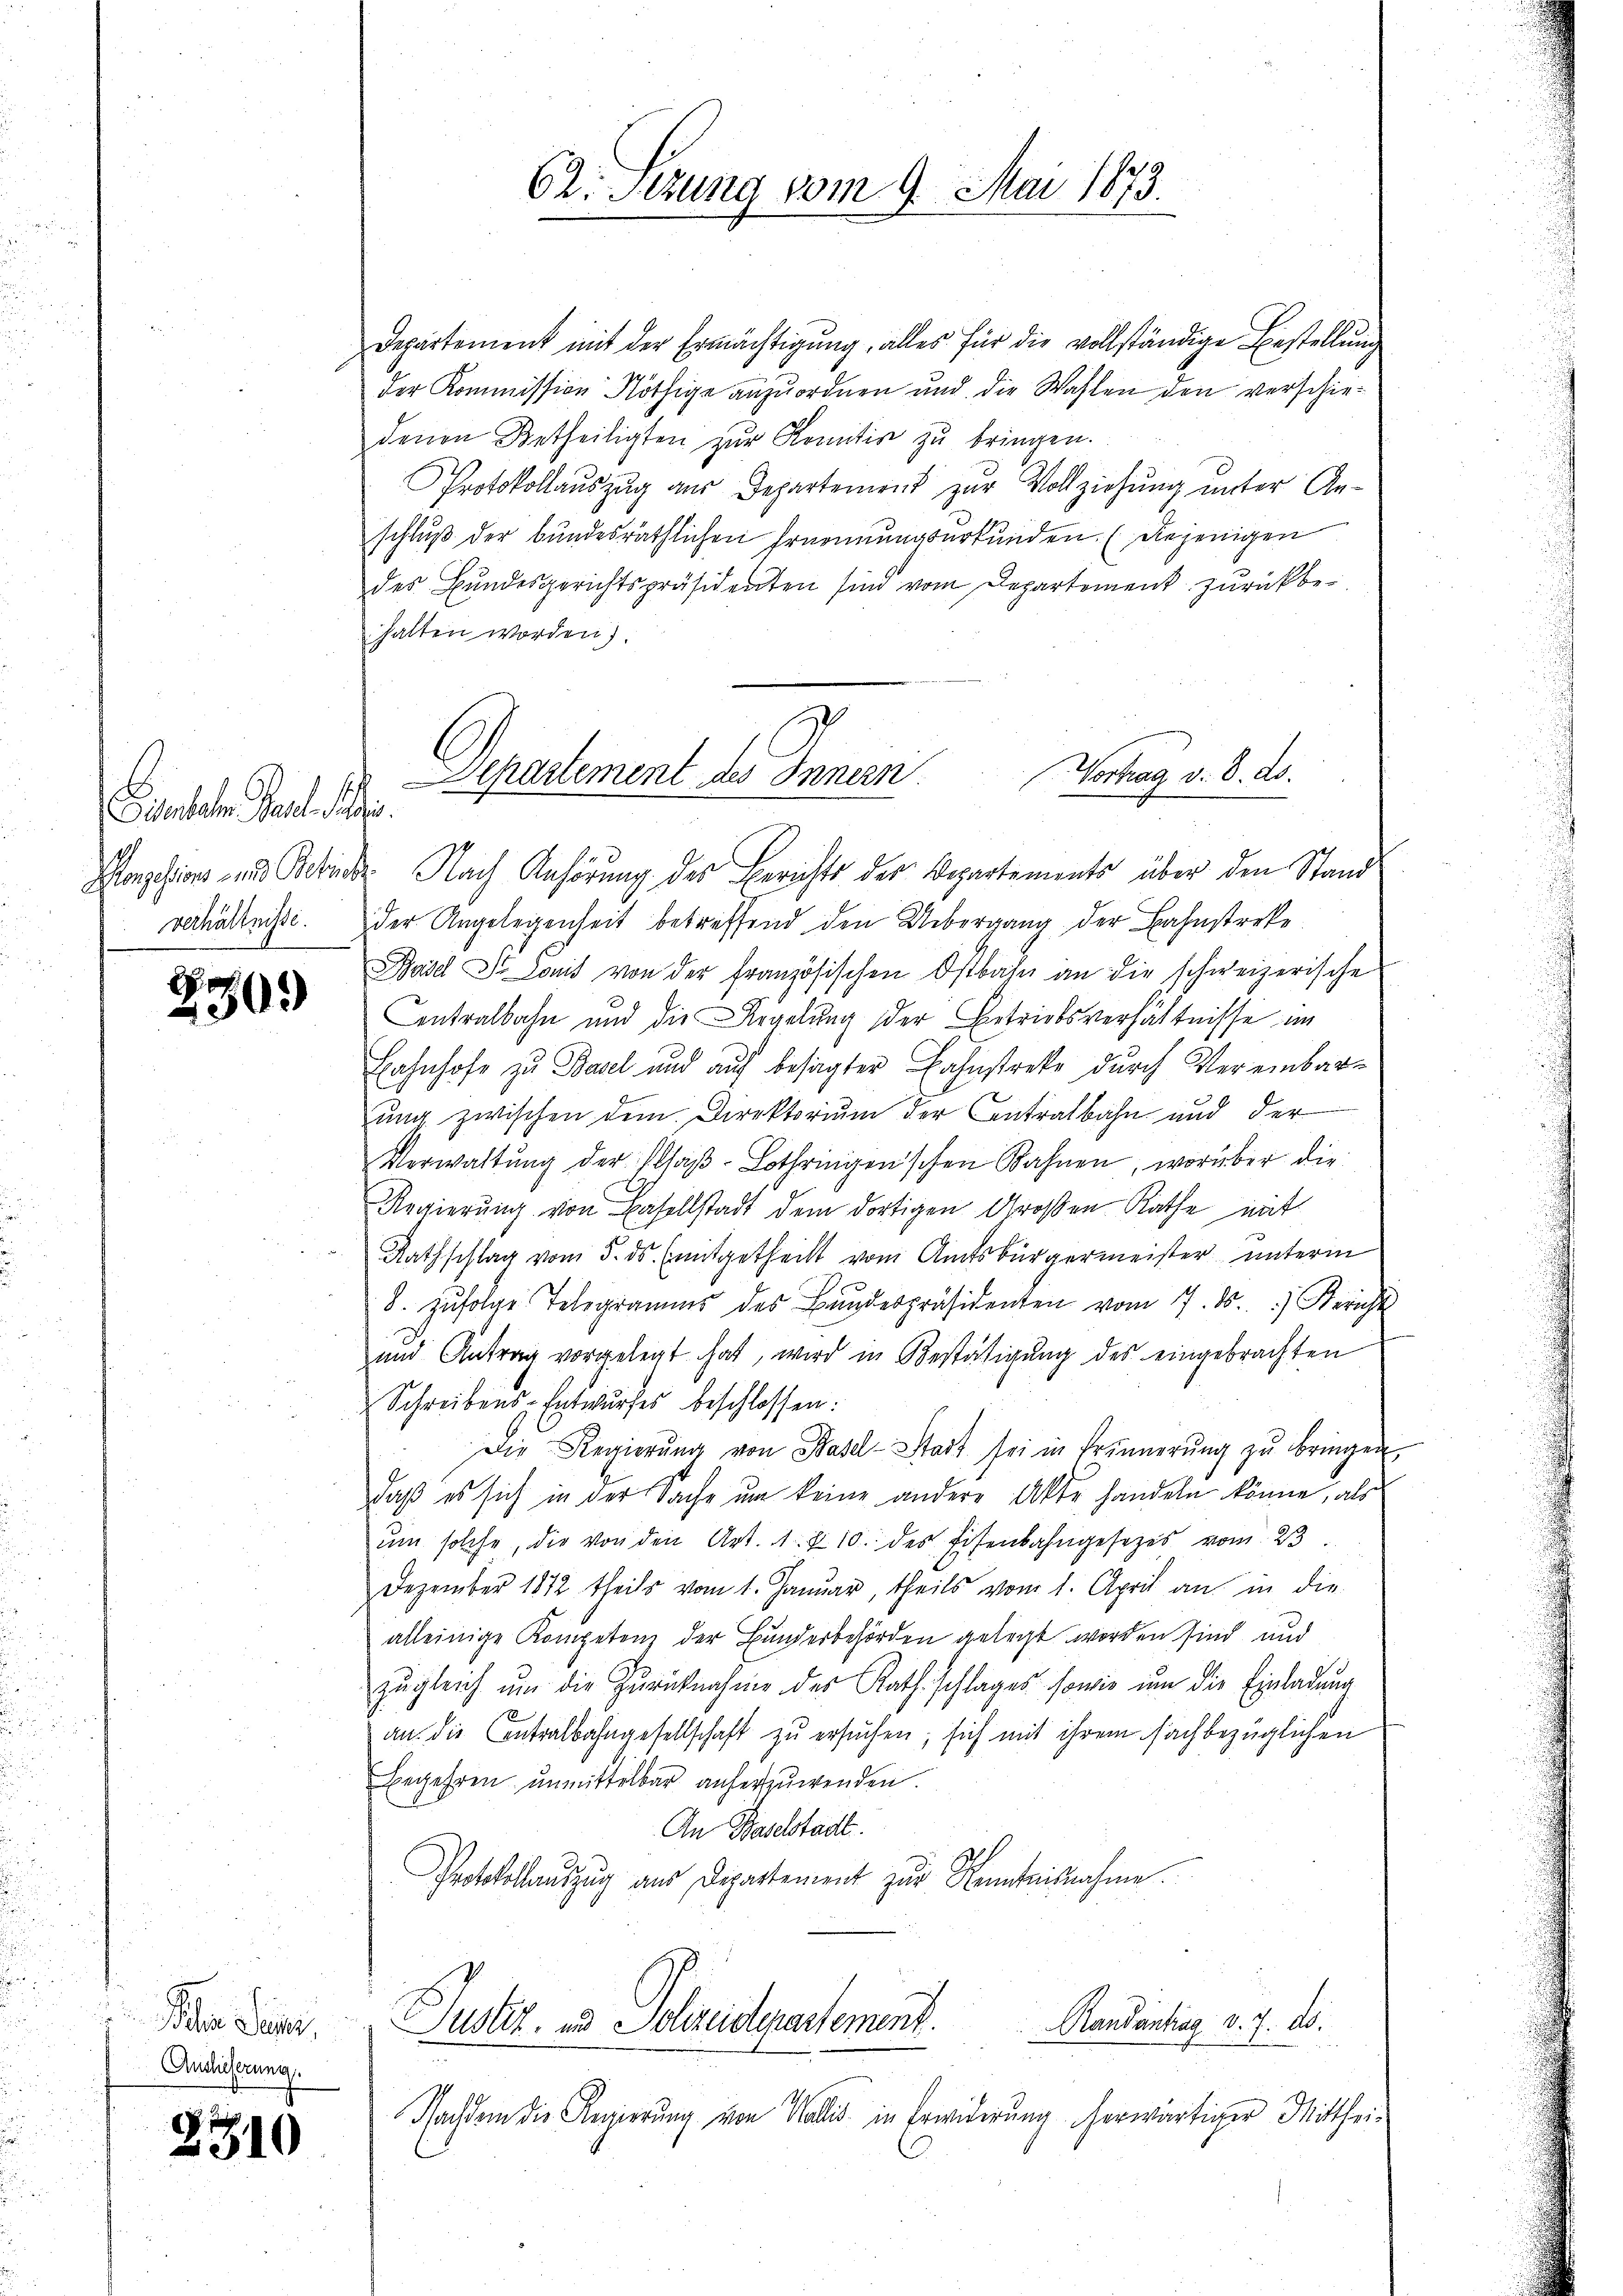
Sienbahn Parte See
verhältnisse.

E
d

509

Pa Se.
Auslieferung.

2310

62. Sezung vom 9. Mai 1873.

Departement mit der Ermächtigung, alles für die vollständige Bestellung
der Kommission Nöthige anzuordnen und die Wahlen den verschiedenen Betheiligten zur Komitiv zu bringen.
Protokollauszug aus Departement zur Vollziehung unter Anschluß der bundesräthlichen Ernennungsurkunden. (Diejenigen
des Bundesgerichtspräsidenten sind vom Departement zurückbehalten worden).
Monzesions und Berede Nach Anhörung des Berichts der Repartements über den Stand
der Angelegenheit betreffend den Uebergang der Bahnstreke
Basel et Comit von der französischen Ostbahn an die schweizerische
Contralbahn und die Regelung der Betriebsverhältnisse im
Bahnhofe zu Basel und auf besagter Bahnstreke durch Vereinbarung zwischen dem Direktorium der Antralbahn und der
Verwaltŭng der Plaβ-Lothringen'schen Bahnen, worüber die
Regierung von Baselstadt dem dortigen Großen Rathe mit
Rathschlag vom 5. ds. (mitgetheilt vom Amtsbürgermeister unterm
8. zufolge Telegramms des Bundespräsidenten vom 7. ds.  Bericht
und Antrag vorgelegt hat, wird in Bestätigung des eingebrachten
Schreibens-Entwurfes beschlossen:
Die Regierŭng von Basel-Stadt sei in Erinnerung zŭ bringen
daß es sich in der Sache um keine andere Akte handeln könne, als
ŭm solche, die von den Art. 1. & 10. des Eisenbahngesetzes vom 23.
Dezember 1872 theils vom 1. Januar, theils vom 1. April an in die
alleinige Kompetenz der Bunderbehörden gelegt worden sind und
zŭgleich ŭm die Zŭrücknahme des Rath schlages sowie um die Einladung
an. die entralbahngesellschaft zu ersuchen, sich mit ihrem sachbezüglichen
Begehren unmittelbar anherzuwenden.
An Baselstadt.
Protokollauszug aus Departement zur Kenntnisnahme.
Justiz- und Polizeidepartement.
Randantrag d. 7. ds.
Nachdem die Regierung von Wallis in Erwiderung herwärtiger Mitthei-

z
Vortrag v. 8. ds.
Departement des Innern.